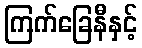
ကြက်ခြေနီနှင့်